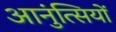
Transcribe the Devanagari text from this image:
आनुंत्सियों